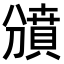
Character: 𧷐